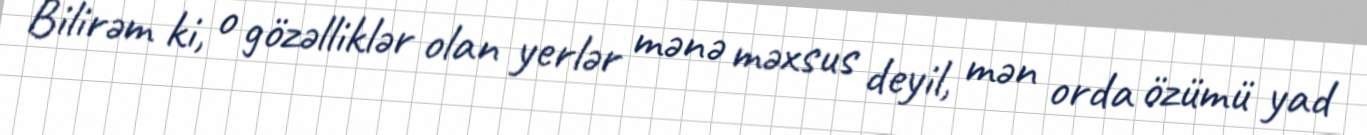
Bilirəm ki, o gözəlliklər olan yerlər mənə məxsus deyil, mən orda özümü yad